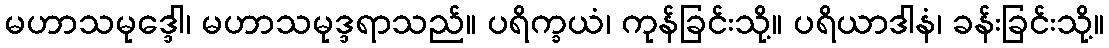
မဟာသမုဒ္ဒေါ၊ မဟာသမုဒ္ဒရာသည်။ ပရိက္ခယံ၊ ကုန်ခြင်းသို့။ ပရိယာဒါနံ၊ ခန်းခြင်းသို့။